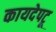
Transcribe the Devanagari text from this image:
कायदेपटू